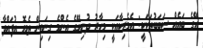
އޭގެ ބައެއް ސަބަބުތަކަކީ: އެމެރިކާއަކީ މިހާރު ދުނިޔޭގެ އެންމެ ގިނައިން ތެޔޮ އުފައްދާ